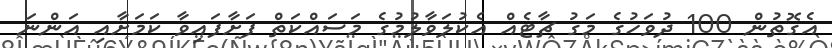
އެގޮތުން 100 ދުވަހުގެ މަގު ޗާޓެއް އެކުލަވާލުމުގެ މަސައްކަތް ފަށާފައިވާ ކަމަށާއި އަންނަ